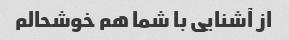
از آشنایی با شما هم خوشحالم